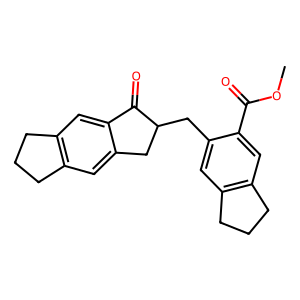
SMILES: COC(=O)c1cc2c(cc1CC1Cc3cc4c(cc3C1=O)CCC4)CCC2
Inhibits HIV replication: No